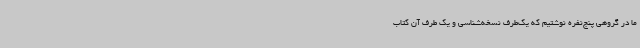
ما در گروهی پنج‌نفره نوشتیم که یک‌طرف نسخه‌شناسی و یک طرف آن کتاب